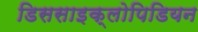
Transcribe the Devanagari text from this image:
डिससाइक्लोपिडियन